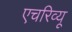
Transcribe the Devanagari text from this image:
एचरिव्यू